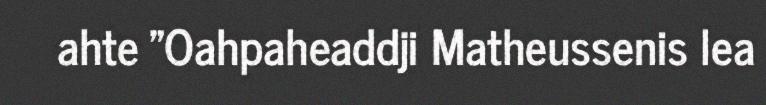
ahte "Oahpaheaddji Matheussenis lea